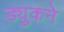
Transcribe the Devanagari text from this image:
ड्युकने